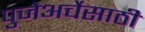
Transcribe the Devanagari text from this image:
पुजेअर्चेसाठी